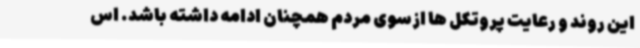
این روند و رعایت پروتکل ها ازسوی مردم همچنان ادامه داشته باشد. اس